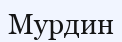
Мурдин